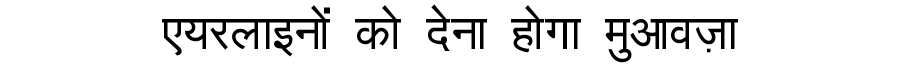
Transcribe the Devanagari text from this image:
एयरलाइनों को देना होगा मुआवज़ा